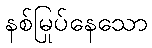
နစ်မြုပ်နေသော